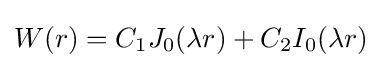
W(r)=C_{1}J_{0}(\lambda r)+C_{2}I_{0}(\lambda r)